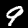
Label: 9